Report of the Municipal Commissioner on the plague in Bombay for the year ending 31st May... - Volume 2
Disease focus: Plague
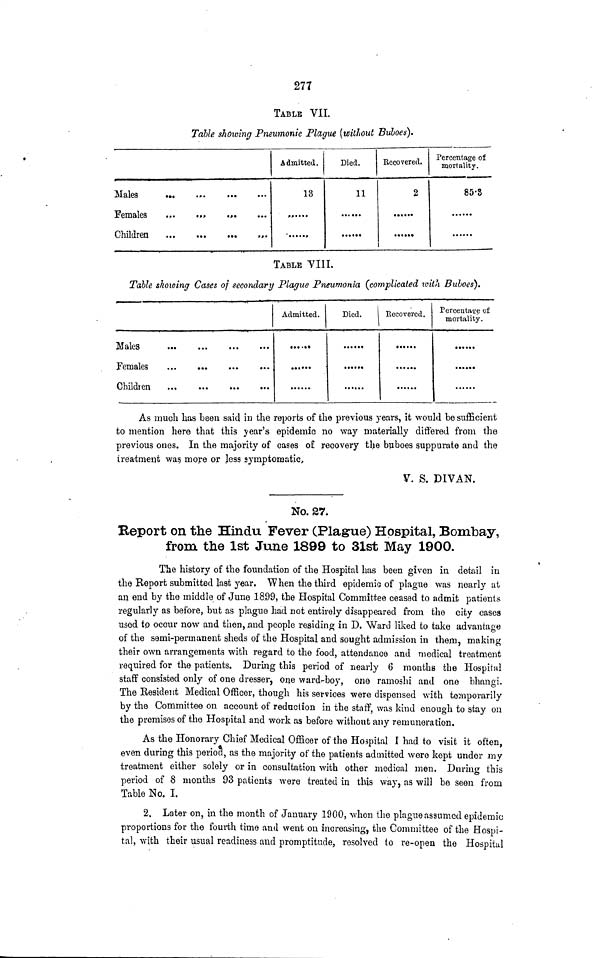
277
TABLE VII
Table showing Pneumonic Plague (without Buboes).
Females
...
.»,
.».
Children
»•
Admitted.
13
Died.
11
••••••
Recovered.
2
•*•••*
l
Percentage of
mortality.
85-8
TABLE YIIL
Table showing Cases of secondary Plague Pneumonia (complicated with Buboes').
Childien
Admitted.
Died.
| Recovered.
Percentage of
mortality.
•••«••
••••••
As much has been said in the reports of the previous years, it would be sufficient
to mention here that this year's epidemic no way materially differed from the
previous ones. In the majority of cases of recovery tlje buboes suppurate and the
treatment was more or Jess symptomatic,
V. S. DIVAN.
No. 27.
Keport on tlie Hindu Fever (Plague) Hospital, Bombay,
from tlie 1st June 1899 to 31st May 1900.
The history of the foundation of the Hospital has been given in detail in
the Report submitted last year. When the third epidemic of plague was nearly at
an end by the middle of June 18.99, the Hospital Committee ceased to admit patients
regularly as before, but as plague had not entirely disappeared from tlie city cases
used to occur now and then, and people residing in D. Ward liked to take advantage
of the semi-permanent sheds of the Hospital and sought admission in them, making
their own arrangements with regard to the food, attendance and medical treatment
required for the patients. During this period of nearly 6 months the Hospital
staff consisted only of one dresser, one -ward-boy, one ramoshi and one bhangi.
The Resident Medical Officer, though his services were dispensed with temporarily
by the Committee on account of reduction in the staff, was kind enough to stay on
the premises of the Hospital and work as before without any remuneration.
As the Honorary Chief Medical Officer of the Hospital I had to visit it often,
even during this period, as the majority of the patients admitted were kept under my
treatment either solely or in consultation with other medical men. During this
period of 8 months 93 patients were treated in this way, as will be seen from
Table No. I.
2. Later on, in the month of January 1900, when the plague assumed epidemic
proportions for the fourth time anil went on increasing, the Committee of the Hospi-
tal, with their usual readiness and promptitude, resolved to re-open the Hospital